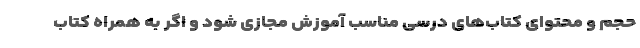
حجم و محتوای کتاب‌های درسی مناسب آموزش مجازی شود و اگر به همراه کتاب